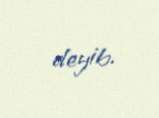
deyib.